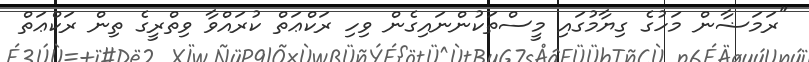
"ރަމަޟާން މަހުގެ ގިޔާމުގައި މީސްތަކުންނައިގެން ވިހި ރަކްޢަތް ކުރައްވާ ވިތްރީގެ ތިން ރަކްޢަތް